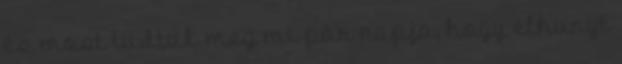
és most tudtuk meg mi pár napja, hogy elhunyt